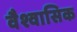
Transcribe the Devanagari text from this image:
वैश्वासिक